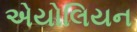
એયોલિયન